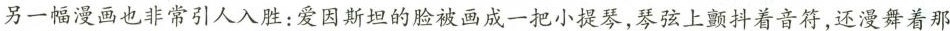
另一幅漫画也非常引人入胜：爱因斯坦的脸被画成一把小提琴，琴弦上颤抖着音符，还漫舞着那